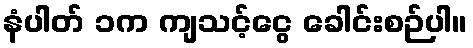
နံပါတ် ၁က ကျသင့်ငွေ ခေါင်းစဉ်ပါ။